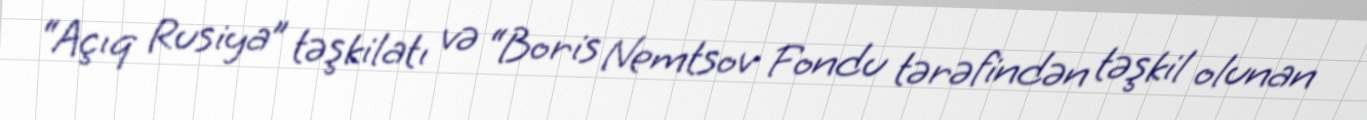
“Açıq Rusiya” təşkilatı və “Boris Nemtsov Fondu tərəfindən təşkil olunan